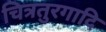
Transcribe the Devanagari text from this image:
चित्रतुरगादि